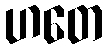
ဟတေ